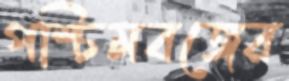
পশ্চিমবঙ্গের